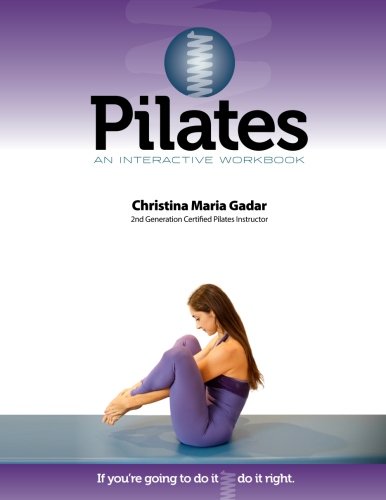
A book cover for Pilates An Interactive Workbook: If You're Going To Do It, Do It Right; Christina Maria Gadar; Health, Fitness & Dieting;